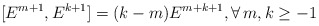
\begin{align*} [E^{m+1}, E^{k+1}]=(k-m)E^{m+k+1}, \forall\, m,k\geq -1\end{align*}